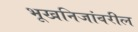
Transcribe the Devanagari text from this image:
भूखनिजांवरील